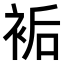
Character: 𧙺